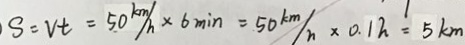
S = V t = 5 0 k m / h \times 6 \min = 5 0 k m / h \times 0 . 1 h = 5 k m